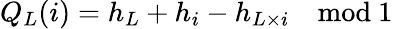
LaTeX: Q_{L}(i)=h_{L}+h_{i}-h_{L\times i}\quad\mathrm{mod}\ 1